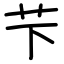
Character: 芐